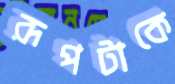
রূপটাকে